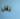
نقل